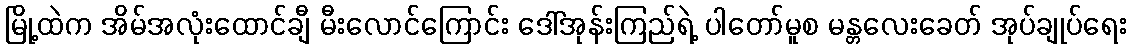
မြို့ထဲက အိမ်အလုံးထောင်ချီ မီးလောင်ကြောင်း ဒေါ်အုန်းကြည်ရဲ့ ပါတော်မူစ မန္တလေးခေတ် အုပ်ချုပ်ရေး